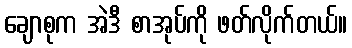
ချောစုက အဲဒီ စာအုပ်ကို ဖတ်လိုက်တယ်။